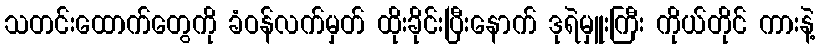
သတင်းထောက်တွေကို ခံဝန်လက်မှတ် ထိုးခိုင်းပြီးနောက် ဒုရဲမှူးကြီး ကိုယ်တိုင် ကားနဲ့